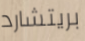
بريتشارد